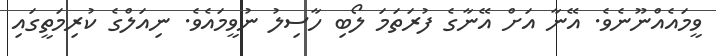
ވީމައެއްނޫނެވެ. އޭނާ އަށް އޭނާގެ ފުރަތަމަ ލޯބި ހާސިލު ނުވީމައެވެ. ނިއަލްގެ ކުރިމަތީގައި